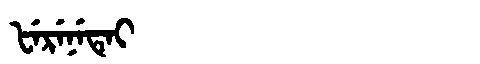
Manchu: ᡶᡝᡵᡝᠨᡝᡨᡝᡳ
Romanization: FERENETEI